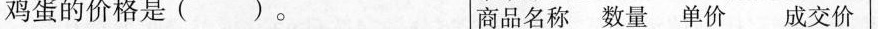
鸡蛋的价格是( )。 商品 名称 数量 单价 成交价